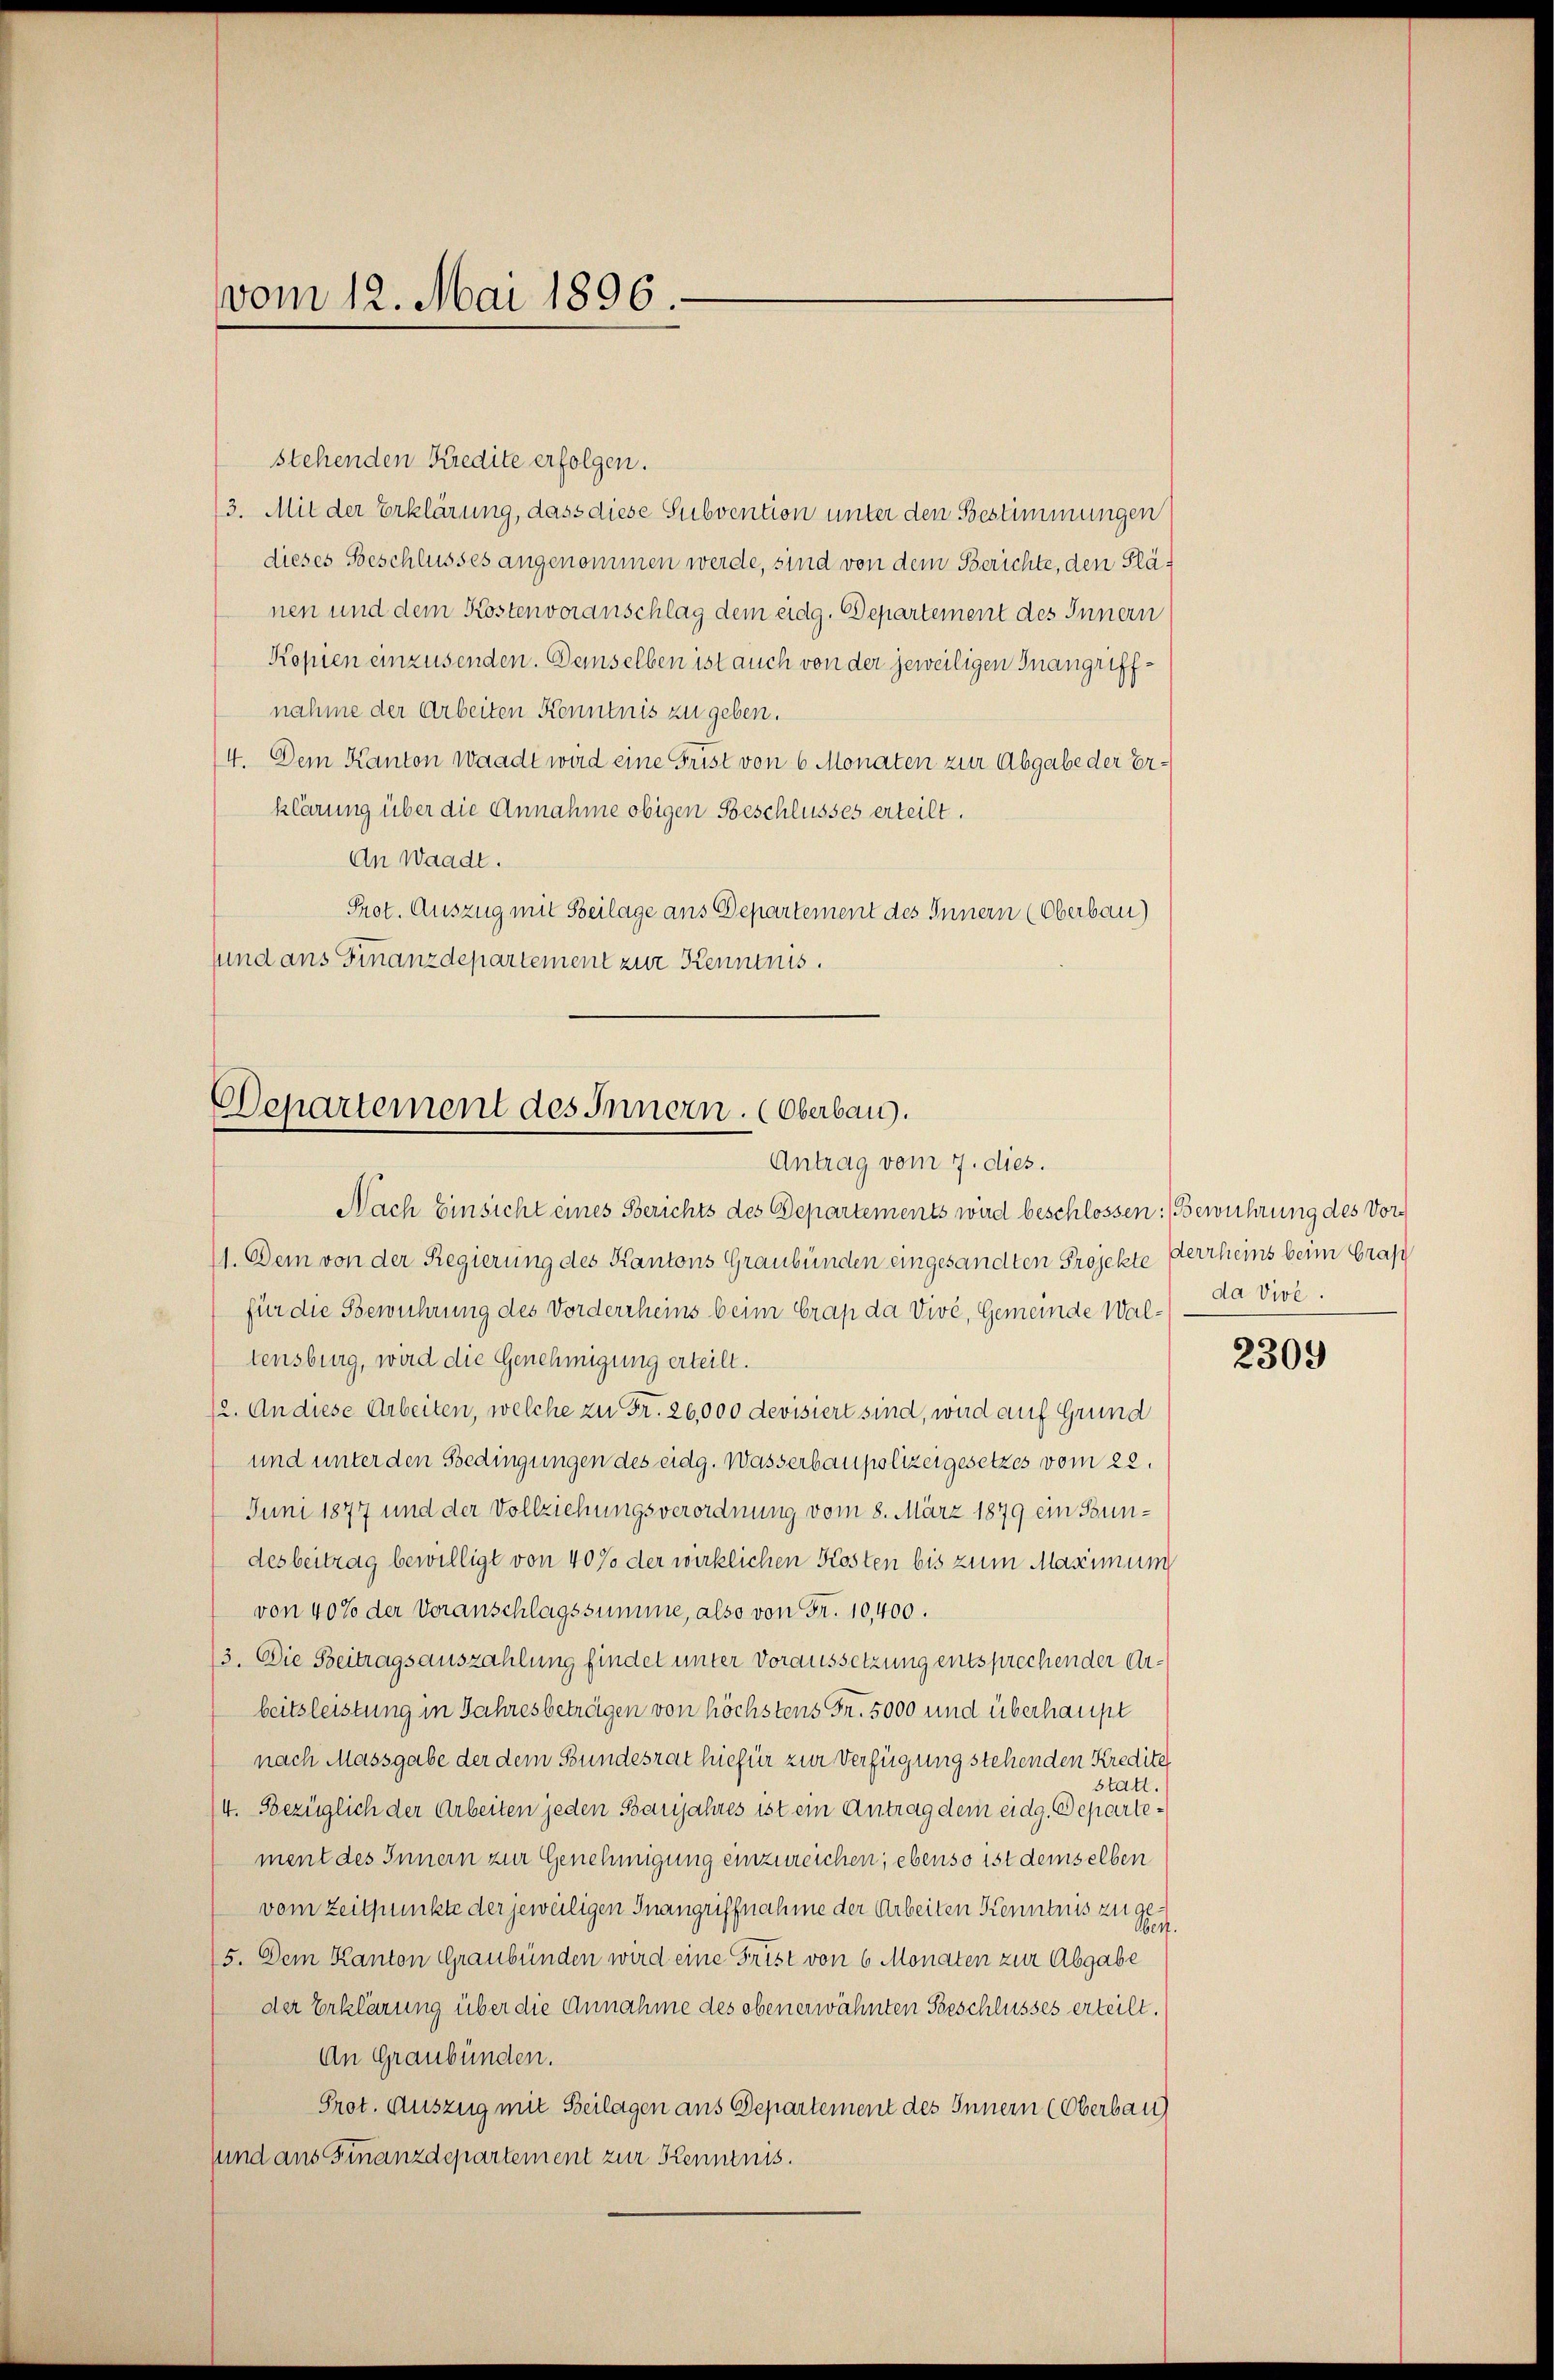
vom 12. Mai 1896.

Departement des Innern. (Oberbau).
Antrag vom 7. dies.

stehenden Kredite erfolgen.
3. Mit der Erklärung, dass diese Subvention unter den Bestimmungen
dieses Beschlusses angenommen werde, sind von dem Berichte, den Plänen und dem Kostenvoranschlag dem eidg. Departement des Innern
Kopien einzusenden. Demselben ist auch von der jeweiligen Inangriffnahme der Arbeiten Kenntnis zu geben.
4. Dem Kanton Waadt wird eine Frist von 6 Monaten zur Abgabe der Erklärung über die Annahme obigen Beschlusses erteilt.
An Waadt.
Prot. Auszug mit Beilage ans Departement des Innern (Oberbau)
sund ans Finanzdepartement zur Kenntnis.

Nach Einsicht eines Berichts des Departements wird beschlossen: Bewuhrung des Vor¬
11. Dem von der Regierung des Kantons Graubünden eingesandten Projekte Verrheins beim Graf
für die Bewuhrung des Vordercheins beim Grap da Vivé, Gemeinde Wal- da Viol.
tensburg, wird die Genehmigung erteilt.
12. An diese Arbeiten, welche zu Fr. 26,000 devisiert sind, wird auf Grund
und unter den Bedingungen des eidg. Wasserbaupolizeigesetzes vom 22.
Juni 1877 und der Vollziehungsverordnung vom 8. März 1879 ein Bundesbeitrag bewilligt von 40% der wirklichen Kosten bis zum Maximum
von 40% der Veranschlagssumme, also von Fr. 10,400.
13. Die Beitragsauszahlung findet unter Voraussetzung entsprechender Arbeitsleistung in Jahresbeträgen von höchstens Fr. 5000 und überhaupt
nach Massgabe der dem Bundesrat hiefür zur Verfügung stehenden Kredite
statt.
/4. Bezüglich der Arbeiten jeden Banjahres ist ein Antrag dem eidg. Departement des Innern zur Genehmigung einzureichen; ebenso ist demselben
vom Zeitpunkte der jeweiligen Inangriffnahme der Arbeiten Kenntnis zu Ge
5. Dem Kanton Graubünden wird eine Frist von 6 Monaten zur Abgabe
der Erklärung über die Annahme des oben erwähnten Geschlusses erteilt.
An Graubünden.
Prot. Auszug mit Beilagen aus Departement des Innern (Oberbau
sund aus Finanzdepartement zur Kenntnis.

2309